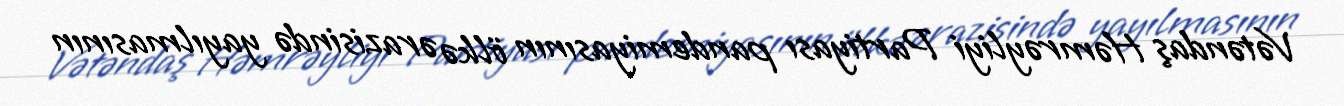
Vətəndaş Həmrəyliyi Partiyası pandemiyasının ölkə ərazisində yayılmasının